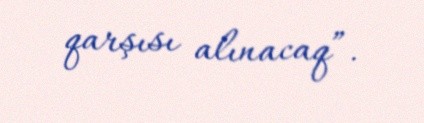
qarşısı alınacaq”.